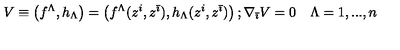
V \equiv \left( f ^ { \Lambda } , h _ { \Lambda } \right) = \left( f ^ { \Lambda } ( z ^ { i } , z ^ { \bar { \imath } } ) , h _ { \Lambda } ( z ^ { i } , z ^ { \bar { \imath } } ) \right) ; \nabla _ { \bar { \imath } } V = 0 \quad \Lambda = 1 , . . . , n